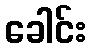
ခေါင်း